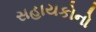
સહાયકોનો